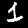
Digit: 1